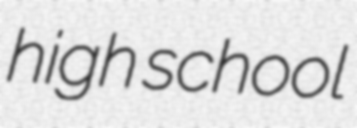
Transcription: high school